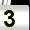
Digit: 3